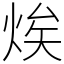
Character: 㶼